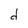
Character: d